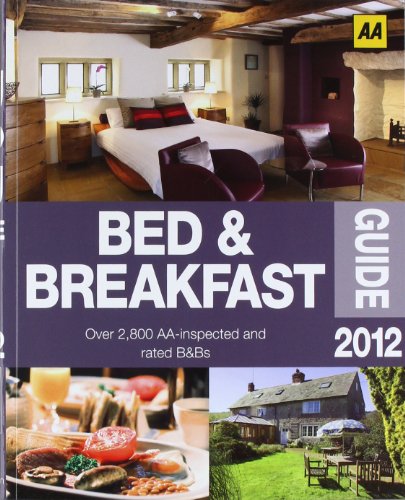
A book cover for AA Bed & Breakfast Guide 2012 (AA Lifestyle Guides); AA Publishing; Travel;